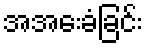
အအေးခံခြင်း